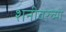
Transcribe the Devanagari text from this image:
शनीवरच्या